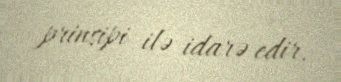
prinsipi ilə idarə edir.